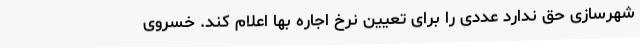
شهرسازی حق ندارد عددی را برای تعیین نرخ اجاره بها اعلام کند. خسروی